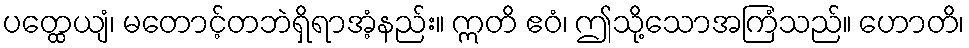
ပတ္ထေယျံ၊ မတောင့်တဘဲရှိရာအံ့နည်း။ ဣတိ ဧဝံ၊ ဤသို့သောအကြံသည်။ ဟောတိ၊